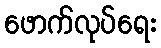
ဖောက်လုပ်ရေး